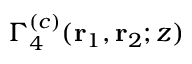
\Gamma _ { 4 } ^ { ( c ) } ( \mathbf { r } _ { 1 } , \mathbf { r } _ { 2 } ; z )